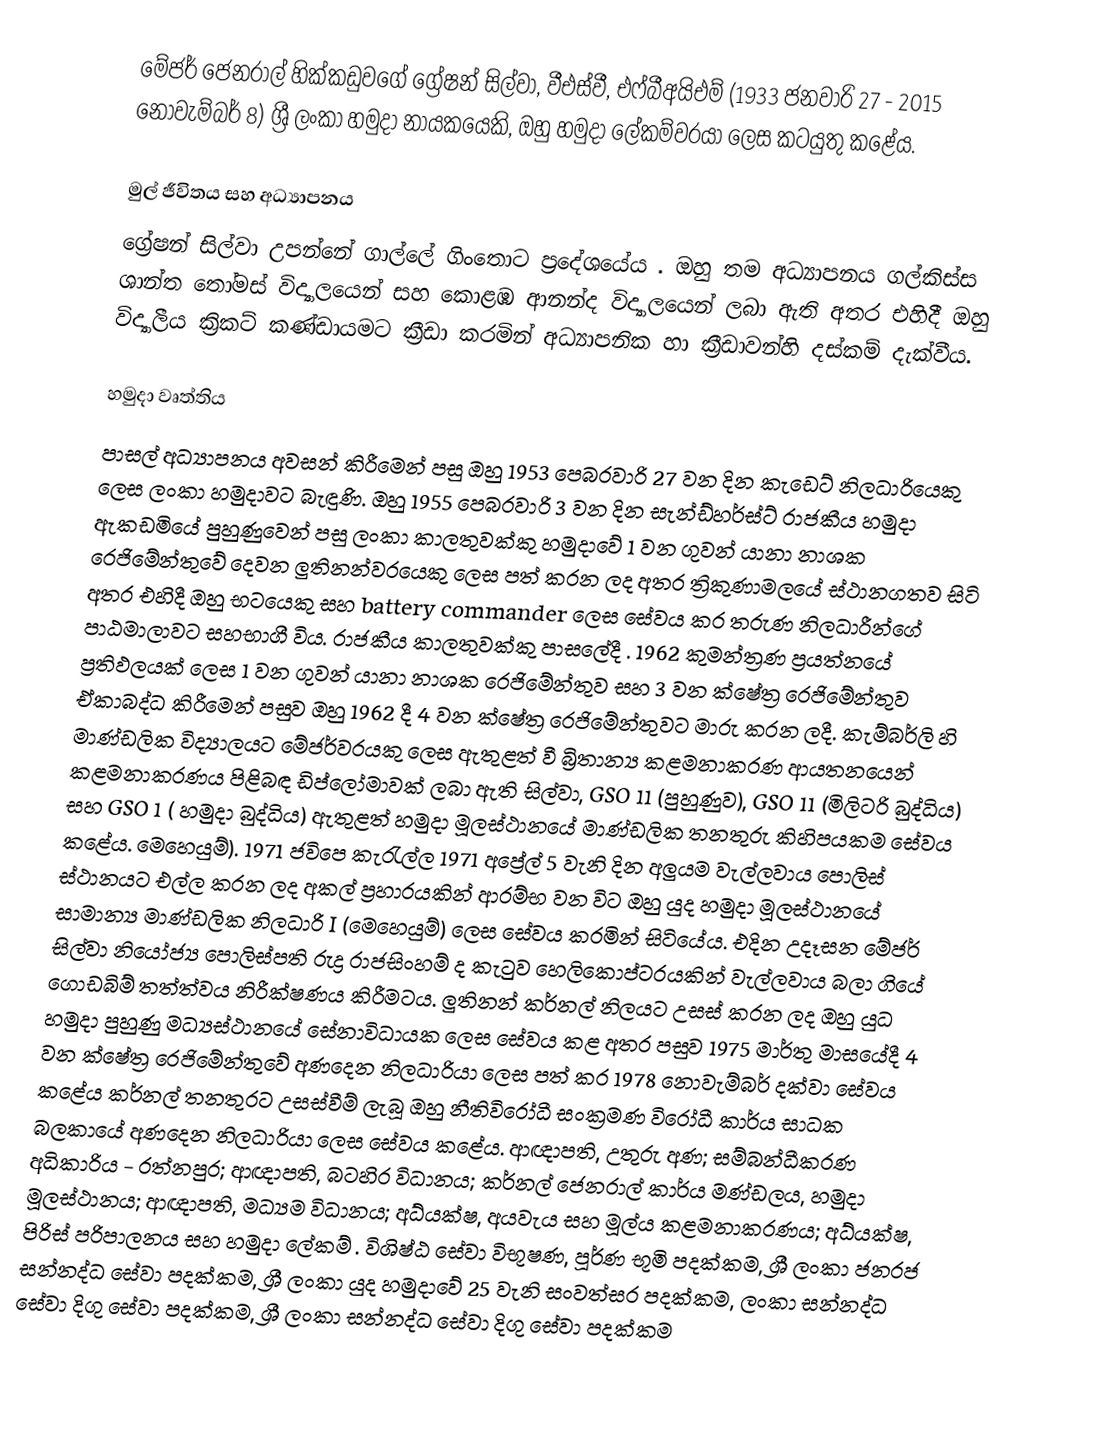
මේජර් ජෙනරාල් හික්කඩුවගේ ග්‍රේෂන් සිල්වා, වීඑස්වී, එෆ්බීඅයිඑම් (1933 ජනවාරි 27 - 2015 නොවැම්බර් 8) ශ්‍රී ලංකා හමුදා නායකයෙකි, ඔහු හමුදා ලේකම්වරයා ලෙස කටයුතු කළේය.

මුල් ජීවිතය සහ අධ්‍යාපනය
ග්‍රේෂන් සිල්වා උපන්නේ ගාල්ලේ ගිංතොට ප්‍රදේශයේය . ඔහු තම අධ්‍යාපනය ගල්කිස්ස ශාන්ත තෝමස් විද්‍යාලයෙන් සහ කොළඹ ආනන්ද විද්‍යාලයෙන් ලබා ඇති අතර එහිදී ඔහු විද්‍යාලීය ක්‍රිකට් කණ්ඩායමට ක්‍රීඩා කරමින් අධ්‍යාපනික හා ක්‍රීඩාවන්හි දස්කම් දැක්වීය.

හමුදා වෘත්තිය
පාසල් අධ්‍යාපනය අවසන් කිරීමෙන් පසු ඔහු 1953 පෙබරවාරි 27 වන දින කැඩෙට් නිලධාරියෙකු ලෙස ලංකා හමුදාවට බැඳුණි. ඔහු 1955 පෙබරවාරි 3 වන දින සැන්ඩ්හර්ස්ට් රාජකීය හමුදා ඇකඩමියේ පුහුණුවෙන් පසු ලංකා කාලතුවක්කු හමුදාවේ 1 වන ගුවන් යානා නාශක රෙජිමේන්තුවේ දෙවන ලුතිනන්වරයෙකු ලෙස පත් කරන ලද අතර ත්‍රිකුණාමලයේ ස්ථානගතව සිටි අතර එහිදී ඔහු භටයෙකු සහ battery commander ලෙස සේවය කර තරුණ නිලධාරීන්ගේ පාඨමාලාවට සහභාගී විය. රාජකීය කාලතුවක්කු පාසලේදී . 1962 කුමන්ත්‍රණ ප්‍රයත්නයේ ප්‍රතිඵලයක් ලෙස 1 වන ගුවන් යානා නාශක රෙජිමේන්තුව සහ 3 වන ක්ෂේත්‍ර රෙජිමේන්තුව ඒකාබද්ධ කිරීමෙන් පසුව ඔහු 1962 දී 4 වන ක්ෂේත්‍ර රෙජිමේන්තුවට මාරු කරන ලදී. කැම්බර්ලි හි මාණ්ඩලික විද්‍යාලයට මේජර්වරයකු ලෙස ඇතුළත් වී බ්‍රිතාන්‍ය කළමනාකරණ ආයතනයෙන් කළමනාකරණය පිළිබඳ ඩිප්ලෝමාවක් ලබා ඇති සිල්වා, GSO 11 (පුහුණුව), GSO 11 (මිලිටරි බුද්ධිය) සහ GSO 1 ( හමුදා බුද්ධිය) ඇතුළත් හමුදා මූලස්ථානයේ මාණ්ඩලික තනතුරු කිහිපයකම සේවය කළේය. මෙහෙයුම්). 1971 ජවිපෙ කැරැල්ල 1971 අප්‍රේල් 5 වැනි දින අලුයම වැල්ලවාය පොලිස් ස්ථානයට එල්ල කරන ලද අකල් ප්‍රහාරයකින් ආරම්භ වන විට ඔහු යුද හමුදා මූලස්ථානයේ සාමාන්‍ය මාණ්ඩලික නිලධාරි I (මෙහෙයුම්) ලෙස සේවය කරමින් සිටියේය. එදින උදෑසන මේජර් සිල්වා නියෝජ්‍ය පොලිස්පති රුද්‍ර රාජසිංහම් ද කැටුව හෙලිකොප්ටරයකින් වැල්ලවාය බලා ගියේ ගොඩබිම් තත්ත්වය නිරීක්ෂණය කිරීමටය. ලුතිනන් කර්නල් නිලයට උසස් කරන ලද ඔහු යුධ හමුදා පුහුණු මධ්‍යස්ථානයේ සේනාවිධායක ලෙස සේවය කළ අතර පසුව 1975 මාර්තු මාසයේදී 4 වන ක්ෂේත්‍ර රෙජිමේන්තුවේ අණදෙන නිලධාරියා ලෙස පත් කර 1978 නොවැම්බර් දක්වා සේවය කළේය  කර්නල් තනතුරට උසස්වීම් ලැබූ ඔහු නීතිවිරෝධී සංක්‍රමණ විරෝධී කාර්ය සාධක බලකායේ අණදෙන නිලධාරියා ලෙස සේවය කළේය. ආඥාපති, උතුරු අණ; සම්බන්ධීකරණ අධිකාරිය - රත්නපුර; ආඥාපති, බටහිර විධානය; කර්නල් ජෙනරාල් කාර්ය මණ්ඩලය, හමුදා මූලස්ථානය; ආඥාපති, මධ්‍යම විධානය; අධ්යක්ෂ, අයවැය සහ මූල්ය කළමනාකරණය; අධ්යක්ෂ, පිරිස් පරිපාලනය සහ හමුදා ලේකම් . විශිෂ්ඨ සේවා විභූෂණ, පූර්ණ භූමි පදක්කම, ශ්‍රී ලංකා ජනරජ සන්නද්ධ සේවා පදක්කම, ශ්‍රී ලංකා යුද හමුදාවේ 25 වැනි සංවත්සර පදක්කම, ලංකා සන්නද්ධ සේවා දිගු සේවා පදක්කම, ශ්‍රී ලංකා සන්නද්ධ සේවා දිගු සේවා පදක්කම